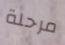
مرحلة